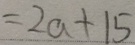
= 2 a + 1 5